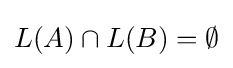
L(A)\cap L(B)=\emptyset